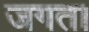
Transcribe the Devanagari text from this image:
जगत।